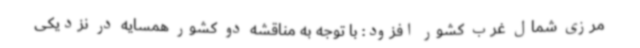
مرزی شمال غرب کشور افزود: با توجه به مناقشه دو کشور همسایه در نزدیکی